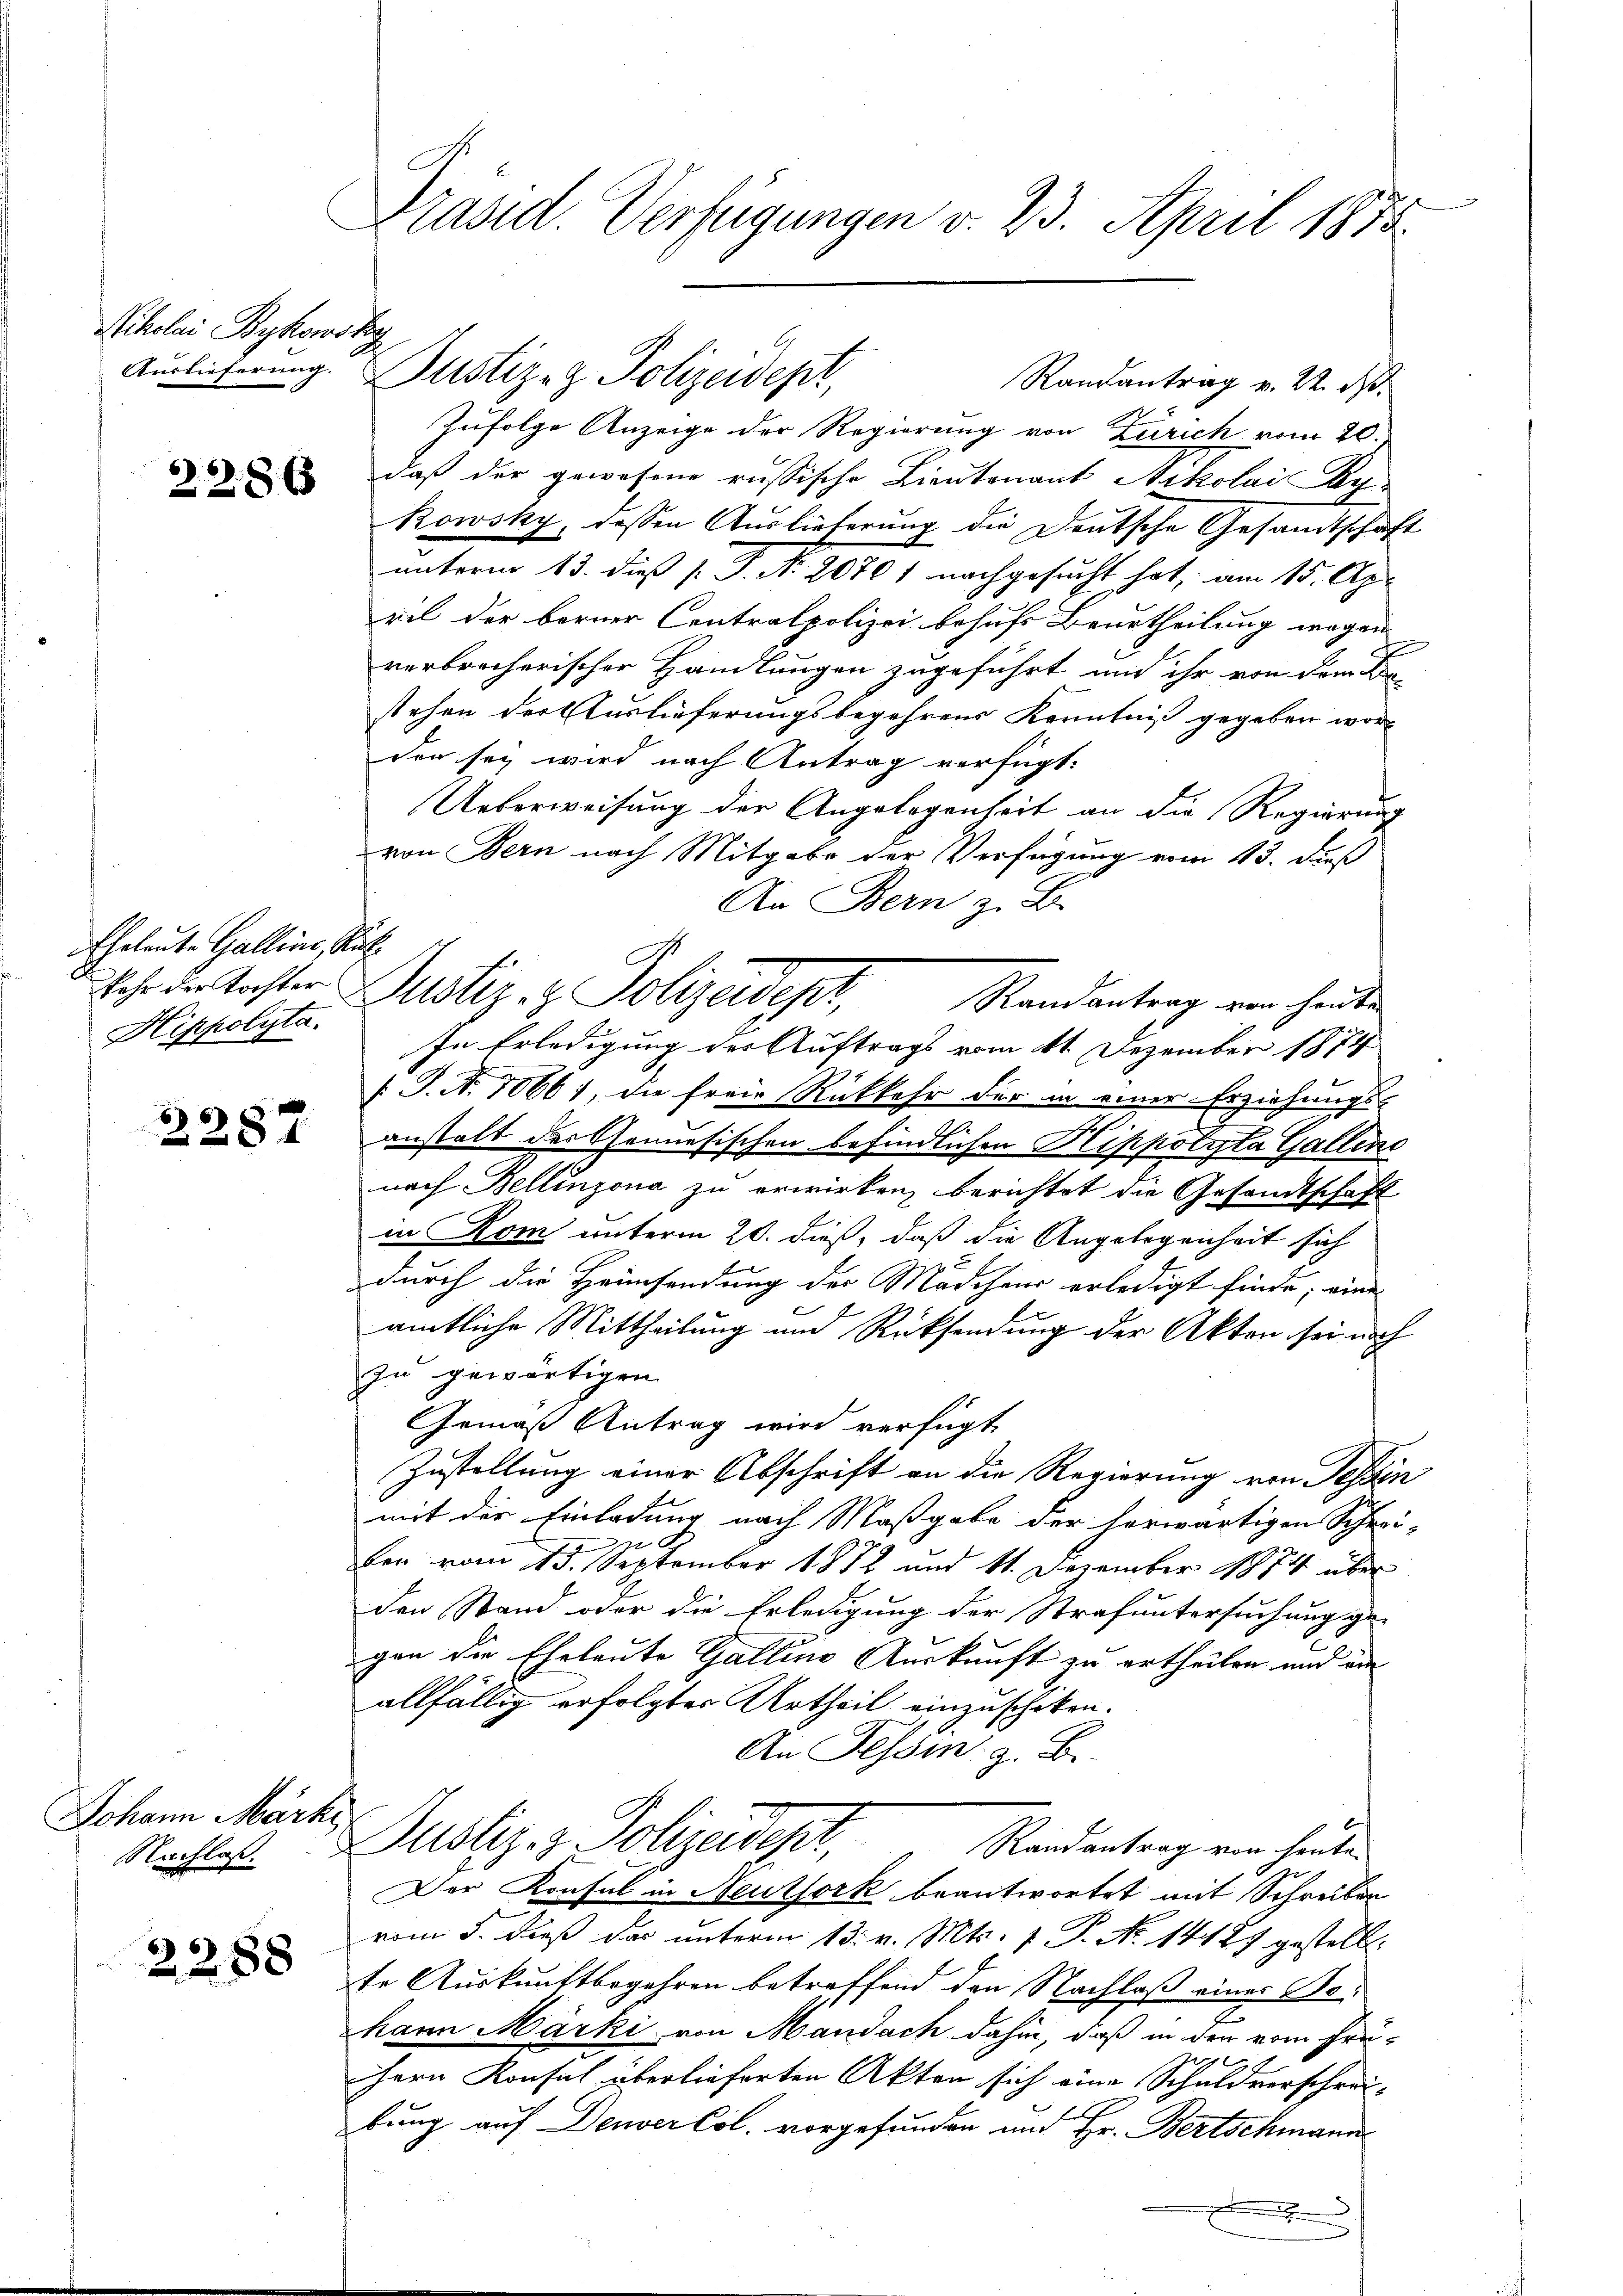
Nikolai Bykowsky

2286

Eheleute Gallins, Auf¬
Hippolizta.

2287

Johann Märki
Nachlaß.

2288

Präsid. Verfügungen v. 23. April 1875.

Randantrag v. 22. d.
Zufolge Anzeige der Regierung von Zürich vom 20.
daß der gewesene russische Lieutenant Nikolai Keh
Rowsky, dessen Auslieferung die Deutsche Gesandtschaft
unterm 13. dieß s. P. Nr. 20701 nachgesucht hat, am 15. Apr
ril der berner Centralpolizei behufs Beurtheilung wegen
verbrecherischer Handlungen zugeführt und ihr von dem Kr
stehen der Auslieferungsbegehrens Kenntniß gegeben worden sey wird nach Antrag verfügt:
Ueberweisung der Angelegenheit an die Regierung
von Bern nach Mitgabe der Verfügung vom 13. dieß
An Bern z. B.
Randantrag von heute
In Erledigung der Auftrags vom 11 Dezember 1874
/J. N. 1066), die freie Rückkehr der in einer Erziehungs-
r
anstalt der Genesischen befindlichen Klippolyta Gallenc
nach Bellinzona zu erwirken, berichtet die Gesandtschaft
in Rom unterm 20. dieß, daß die Angelegenheit sich
S
durch die Heimsendung des Mädchens erledigt finde; eine
amtliche Mittheilung und Rücksendung der Akten sei noch
zu gewärtigen
Gemäß Antrag wird verfügt
Zustellung einer Abschrift an die Regierung von Tessin
mit der Einladung nach Maßgabe der herwärtigen Schrei-
ben vom 13. September 1872 und 11. Dezember 1874 über
den Stand oder die Erledigung der Strafuntersuchung ge-
gen die Eheleute Galline Auskunft zu ertheilen und ein
allfällig erfolgter Urtheil einzuschiken.
An Tessin, z. B.
Justiz- & Polizeidept,
Randantrag von heute.
Der Konsul in Neuthork beantwortet mit Schreiben
vom 5. dieß das unterm 13. v. Mts. f. P. No 14187 gestellt.
te Auskunftbegehren betreffend den Nachlaß eines Be¬
2
hann Märki von Mandach dahin, daß in den vom Freihern Konsul überlieferten Akten sich eine Schuldverschrei-
bung auf Deuver Col. vorgefunden und Hr. Bertschmann
.

Auslieferung. Justiz- & Polizeidept,

Sehr der Tochter Justiz- & Polizeideper,